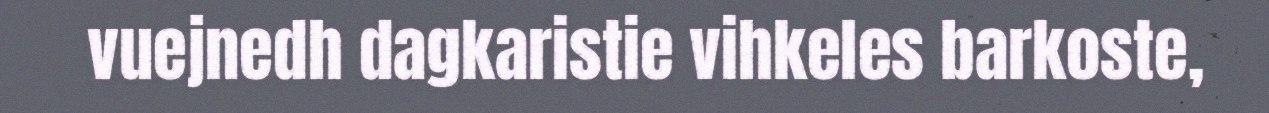
vuejnedh dagkaristie vihkeles barkoste,